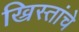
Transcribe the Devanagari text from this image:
ख्रिस्तांचे